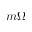
m \Omega